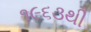
૧૯૬૩થી